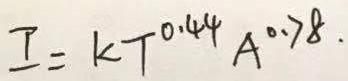
\[ I = kT^{0.44}A^{0.78} \]